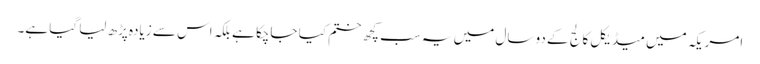
امریکہ میں میڈیکل کالج کے دو سال میں یہ سب کچھ ختم کیا جاچکا ہے بلکہ اس سے زیادہ پڑھ لیا گیا ہے۔